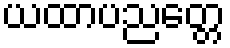
ယထာပညတ္တေ